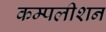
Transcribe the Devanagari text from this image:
कम्पलीशन